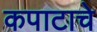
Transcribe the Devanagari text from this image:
कपाटाचे